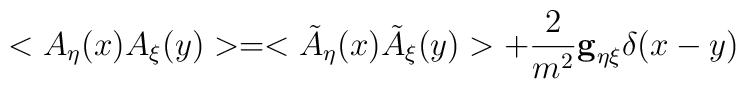
< A_\eta(x) A_\xi(y)> = <\tilde{A}_\eta(x)\tilde{A}_\xi(y)>+ \frac{2}{m^2}{\bf g}_{\eta \xi}{\bf \delta} (x-y)